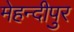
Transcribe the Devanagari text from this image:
मेहन्दीपुर